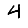
Digit: 4